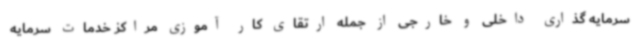
سرمایه گذاری داخلی و خارجی از جمله ارتقای کار آموزی مراکز خدمات سرمایه